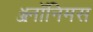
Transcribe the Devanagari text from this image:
ॲनॉनिमस